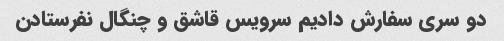
دو سری سفارش دادیم سرویس قاشق و چنگال نفرستادن